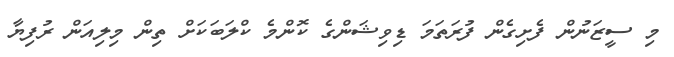
މި ސީޒަނުން ފެށިގެން ފުރަތަމަ ޑިވިޝަންގެ ކޮންމެ ކްލަބަކަށް ތިން މިލިއަން ރުފިޔާ